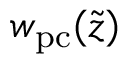
w _ { \mathrm { p c } } ( \tilde { z } )